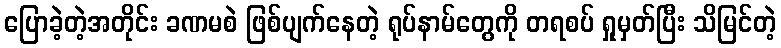
ပြောခဲ့တဲ့အတိုင်း ခဏမစဲ ဖြစ်ပျက်နေတဲ့ ရုပ်နာမ်တွေကို တရစပ် ရှုမှတ်ပြီး သိမြင်တဲ့